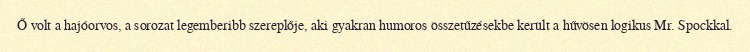
Ő volt a hajóorvos, a sorozat legemberibb szereplője, aki gyakran humoros összetűzésekbe került a hűvösen logikus Mr. Spockkal.